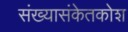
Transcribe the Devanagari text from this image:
संख्यासंकेतकोश